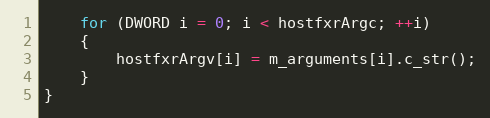
Language: C++
    for (DWORD i = 0; i < hostfxrArgc; ++i)
    {
        hostfxrArgv[i] = m_arguments[i].c_str();
    }
}